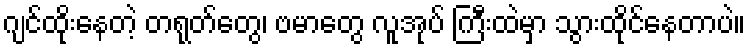
ဂျင်ထိုးနေတဲ့ တရုတ်တွေ၊ ဗမာတွေ လူအုပ် ကြီးထဲမှာ သွားထိုင်နေတာပဲ။